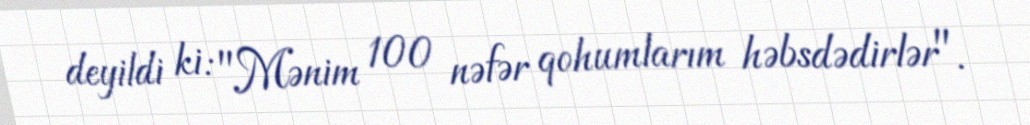
deyildi ki: "Mənim 100 nəfər qohumlarım həbsdədirlər".